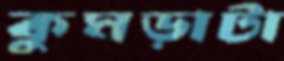
কুমড়াটা